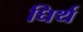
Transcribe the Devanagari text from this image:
घिर्थ